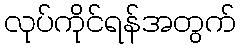
လုပ်ကိုင်ရန်အတွက်